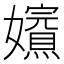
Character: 𡤁